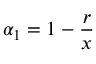
\alpha _ { 1 } = 1 - \frac { r } { x }